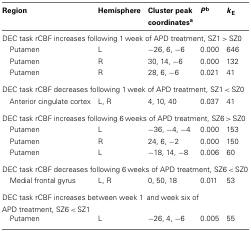
<table><thead><tr><td><b>Region</b></td><td><b>Hemisphere</b></td><td><b>Cluster peak coordinates<sup>a</sup></b></td><td><b><i>P</i><sup>b</sup></b></td><td><b><i>k</i><sub>E</sub></b></td></tr></thead><tbody><tr><td colspan="5">DEC task rCBF increases following 1 week of APD treatment, SZ1 &gt; SZ0</td></tr><tr><td>Putamen</td><td>L</td><td>−26, 6, −6</td><td>0.000</td><td>646</td></tr><tr><td>Putamen</td><td>R</td><td>30, 14, −6</td><td>0.000</td><td>132</td></tr><tr><td>Putamen</td><td>R</td><td>28, 6, −6</td><td>0.021</td><td>41</td></tr><tr><td colspan="5">DEC task rCBF decreases following 1 week of APD treatment, SZ1 &lt; SZ0</td></tr><tr><td>Anterior cingulate cortex</td><td>L, R</td><td>4, 10, 40</td><td>0.037</td><td>41</td></tr><tr><td colspan="5">DEC task rCBF increases following 6 weeks of APD treatment, SZ6 &gt; SZ0</td></tr><tr><td>Putamen</td><td>L</td><td>−36, −4, −4</td><td>0.000</td><td>153</td></tr><tr><td>Putamen</td><td>R</td><td>24, 6, −2</td><td>0.000</td><td>150</td></tr><tr><td>Putamen</td><td>L</td><td>−18, 14, −8</td><td>0.006</td><td>60</td></tr><tr><td colspan="5">DEC task rCBF decreases following 6 weeks of APD treatment, SZ6 &lt; SZ0</td></tr><tr><td>Medial frontal gyrus</td><td>L, R</td><td>0, 50, 18</td><td>0.011</td><td>53</td></tr><tr><td colspan="5">DEC task rCBF increases between week 1and week six of APD treatment, SZ6 &lt; SZ1</td></tr><tr><td>Putamen</td><td>L</td><td>−26, 4, −6</td><td>0.005</td><td>55</td></tr></tbody></table>